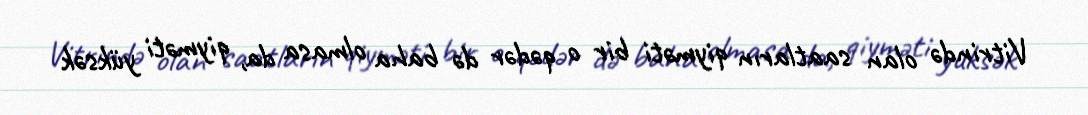
Vitrində olan saatların qiyməti bir o qədər də baha olmasa da, qiyməti yüksək